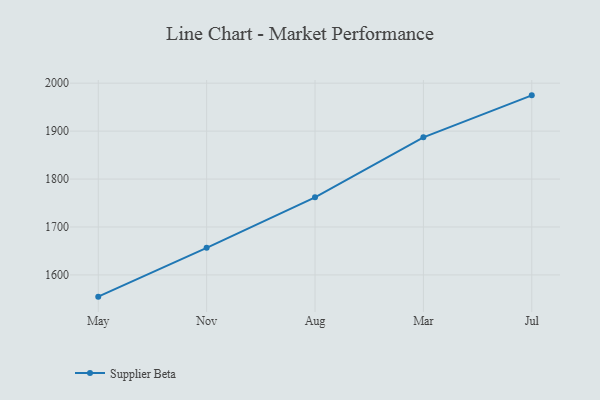
{"axis": {"x": "Month", "y": "LTV (USD)"}, "legend": ["Supplier Beta"], "data": [{"x": "May", "y": 1554.7, "type": "Supplier Beta"}, {"x": "Nov", "y": 1656.6, "type": "Supplier Beta"}, {"x": "Aug", "y": 1761.9, "type": "Supplier Beta"}, {"x": "Mar", "y": 1887.0, "type": "Supplier Beta"}, {"x": "Jul", "y": 1974.6, "type": "Supplier Beta"}]}